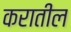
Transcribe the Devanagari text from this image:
करातील